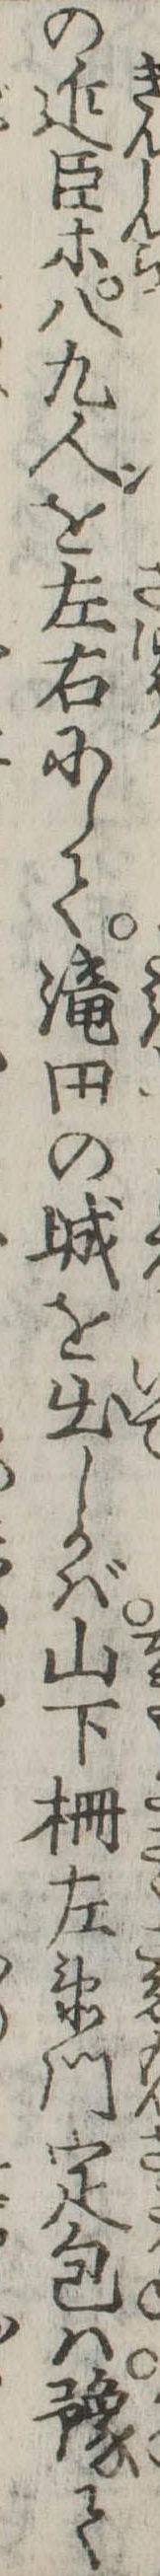
の近臣等八九人を左右にして滝田の城を出しかば山下柵左衛門定包は予て